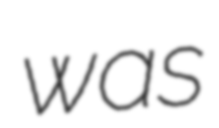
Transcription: was